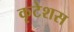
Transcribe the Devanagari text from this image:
कृटेशस